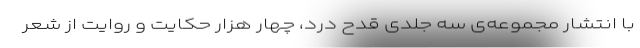
با انتشار مجموعه‌ی سه جلدی قدح دُرد، چهار هزار حکایت و روایت از شعر